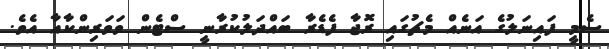
ސެމީ ފައިނަލުގެ އަނެއް މެޗުގައި ރޮޖާ ފެޑެރާ ބައްދަލުކުރާނީ ސްޓެން ވަވަރިންކާއާ އެވެ.